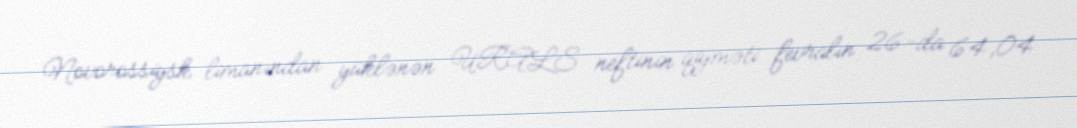
Novorossiysk limanından yüklənən URALS neftinin qiyməti fevralın 26-da 64,04